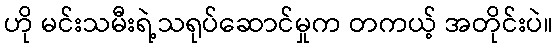
ဟို မင်းသမီးရဲ့သရုပ်ဆောင်မှုက တကယ့် အတိုင်းပဲ။